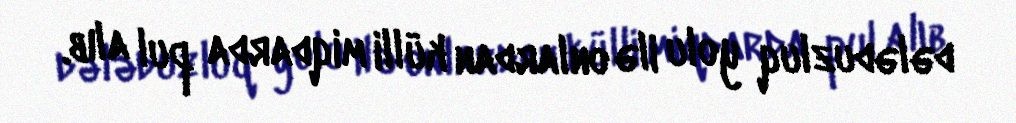
dələduzluq yolu ilə onlardan külli miqdarda pul alıb.